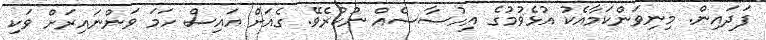
ފަދައިން. މިނިވަންކަމާއެކު އުޅެވުމުގެ އިހުސާސެއް ނުކުރެވޭ. ގެއަށް އައިސް ހަމަ ވަންނައިރަށް ވަކި